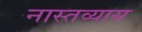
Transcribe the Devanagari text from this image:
नास्तव्यास